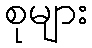
စုများ